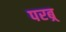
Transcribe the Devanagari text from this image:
परब्र्